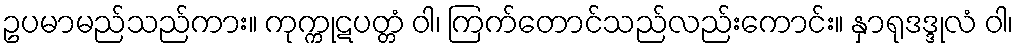
ဥပမာမည်သည်ကား။ ကုက္ကုဋပတ္တံ ဝါ၊ ကြက်တောင်သည်လည်းကောင်း။ နှာရုဒဒ္ဒုလံ ဝါ၊